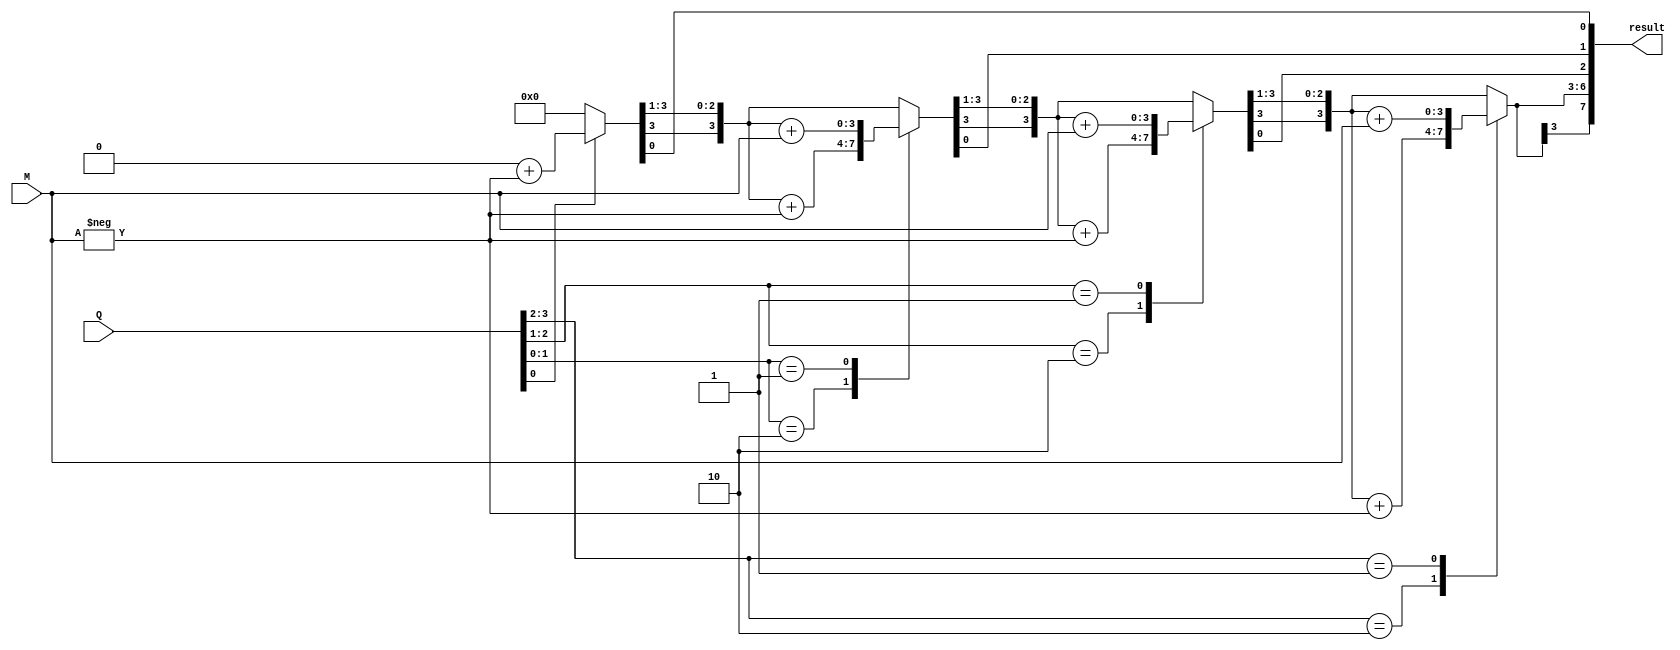
`timescale 1ns / 1ps

module booth_algorithm(
    input signed [3:0] Q, M,
  output reg signed [7:0] result
  );
  reg [1:0] operation;
  integer i;
  reg q0;
  reg [3:0] M_comp;

  always @(Q,M)
  begin
    result = 8'd0;
    q0 = 1'b0;
    M_comp = -M;
    
    for (i=0; i<4; i=i+1)
    begin
      operation = { Q[i], q0 };
      case(operation)
        2'b10 : result[7:4] = result[7:4] + M_comp;
        2'b01 : result[7:4] = result[7:4] + M;
      endcase
      result = result >> 1;
      result[7] = result[6];
      q0= Q[i];
      
    end
  end
endmodule